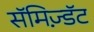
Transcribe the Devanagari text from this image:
सॅमिज़्डॅट